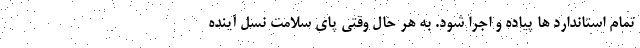
تمام استاندارد ها پیاده و اجرا شود. به هر حال وقتی پای سلامت نسل آینده